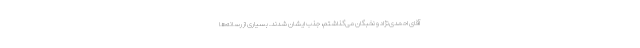
آقای احمدی‌نژاد و نخبگان می‌گذاشتم، جذب ایشان شدند. بسیاری از رسانه‌ها